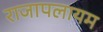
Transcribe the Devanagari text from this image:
राजापलायम